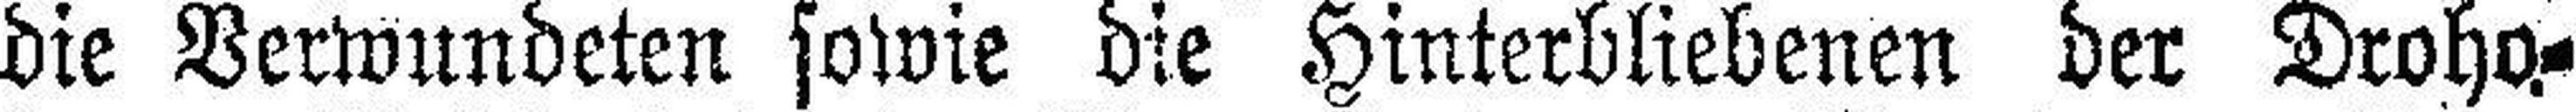
die Verwundeten sowie die Hinterbliebenen der Droho¬